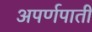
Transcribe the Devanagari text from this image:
अपर्णपाती